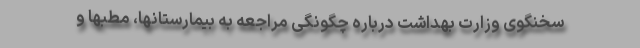
سخنگوی وزارت بهداشت درباره چگونگی مراجعه به بیمارستانها، مطبها و